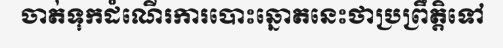
ចាត់ទុកដំណើរការបោះឆ្នោតនេះថាប្រព្រឹត្តិទៅ